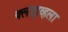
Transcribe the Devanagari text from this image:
क्लाइव्हला